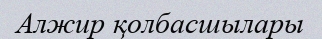
Алжир қолбасшылары